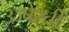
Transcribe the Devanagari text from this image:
उज्पेस्ती